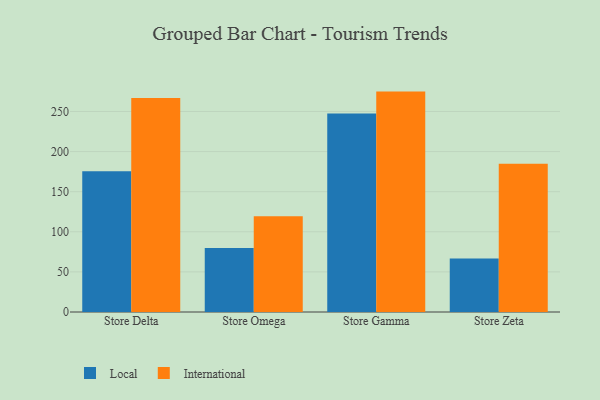
{"axis": {"x": "Store", "y": "Page Views"}, "legend": ["International", "Local"], "data": [{"x": "Store Delta", "y": 175.5, "type": "Local"}, {"x": "Store Delta", "y": 266.9, "type": "International"}, {"x": "Store Omega", "y": 79.9, "type": "Local"}, {"x": "Store Omega", "y": 119.3, "type": "International"}, {"x": "Store Gamma", "y": 247.4, "type": "Local"}, {"x": "Store Gamma", "y": 274.8, "type": "International"}, {"x": "Store Zeta", "y": 66.6, "type": "Local"}, {"x": "Store Zeta", "y": 184.7, "type": "International"}]}